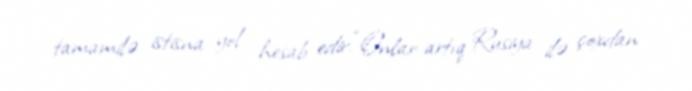
tamamilə istisna yol hesab edir.“Onlar artıq Rusiya ilə çoxdan